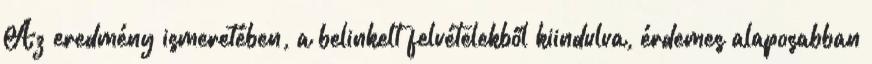
Az eredmény ismeretében, a belinkelt felvételekből kiindulva, érdemes alaposabban